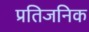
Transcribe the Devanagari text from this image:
प्रतिजनिक